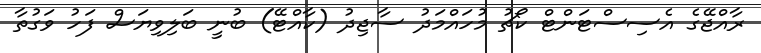
ރާއްޖޭގެ އެސިސްޓަންޓް ކޯޗު މުހައްމަދު ސާޖިދު (ކާއްޓޭ) ބުނީ ބަލިވިޔަސް ފަހު ވަގުތާ